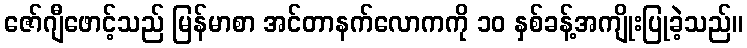
ဇော်ဂျီဖောင့်သည် မြန်မာစာ အင်တာနက်လောကကို ၁၀ နှစ်ခန့်အကျိုးပြုခဲ့သည်။